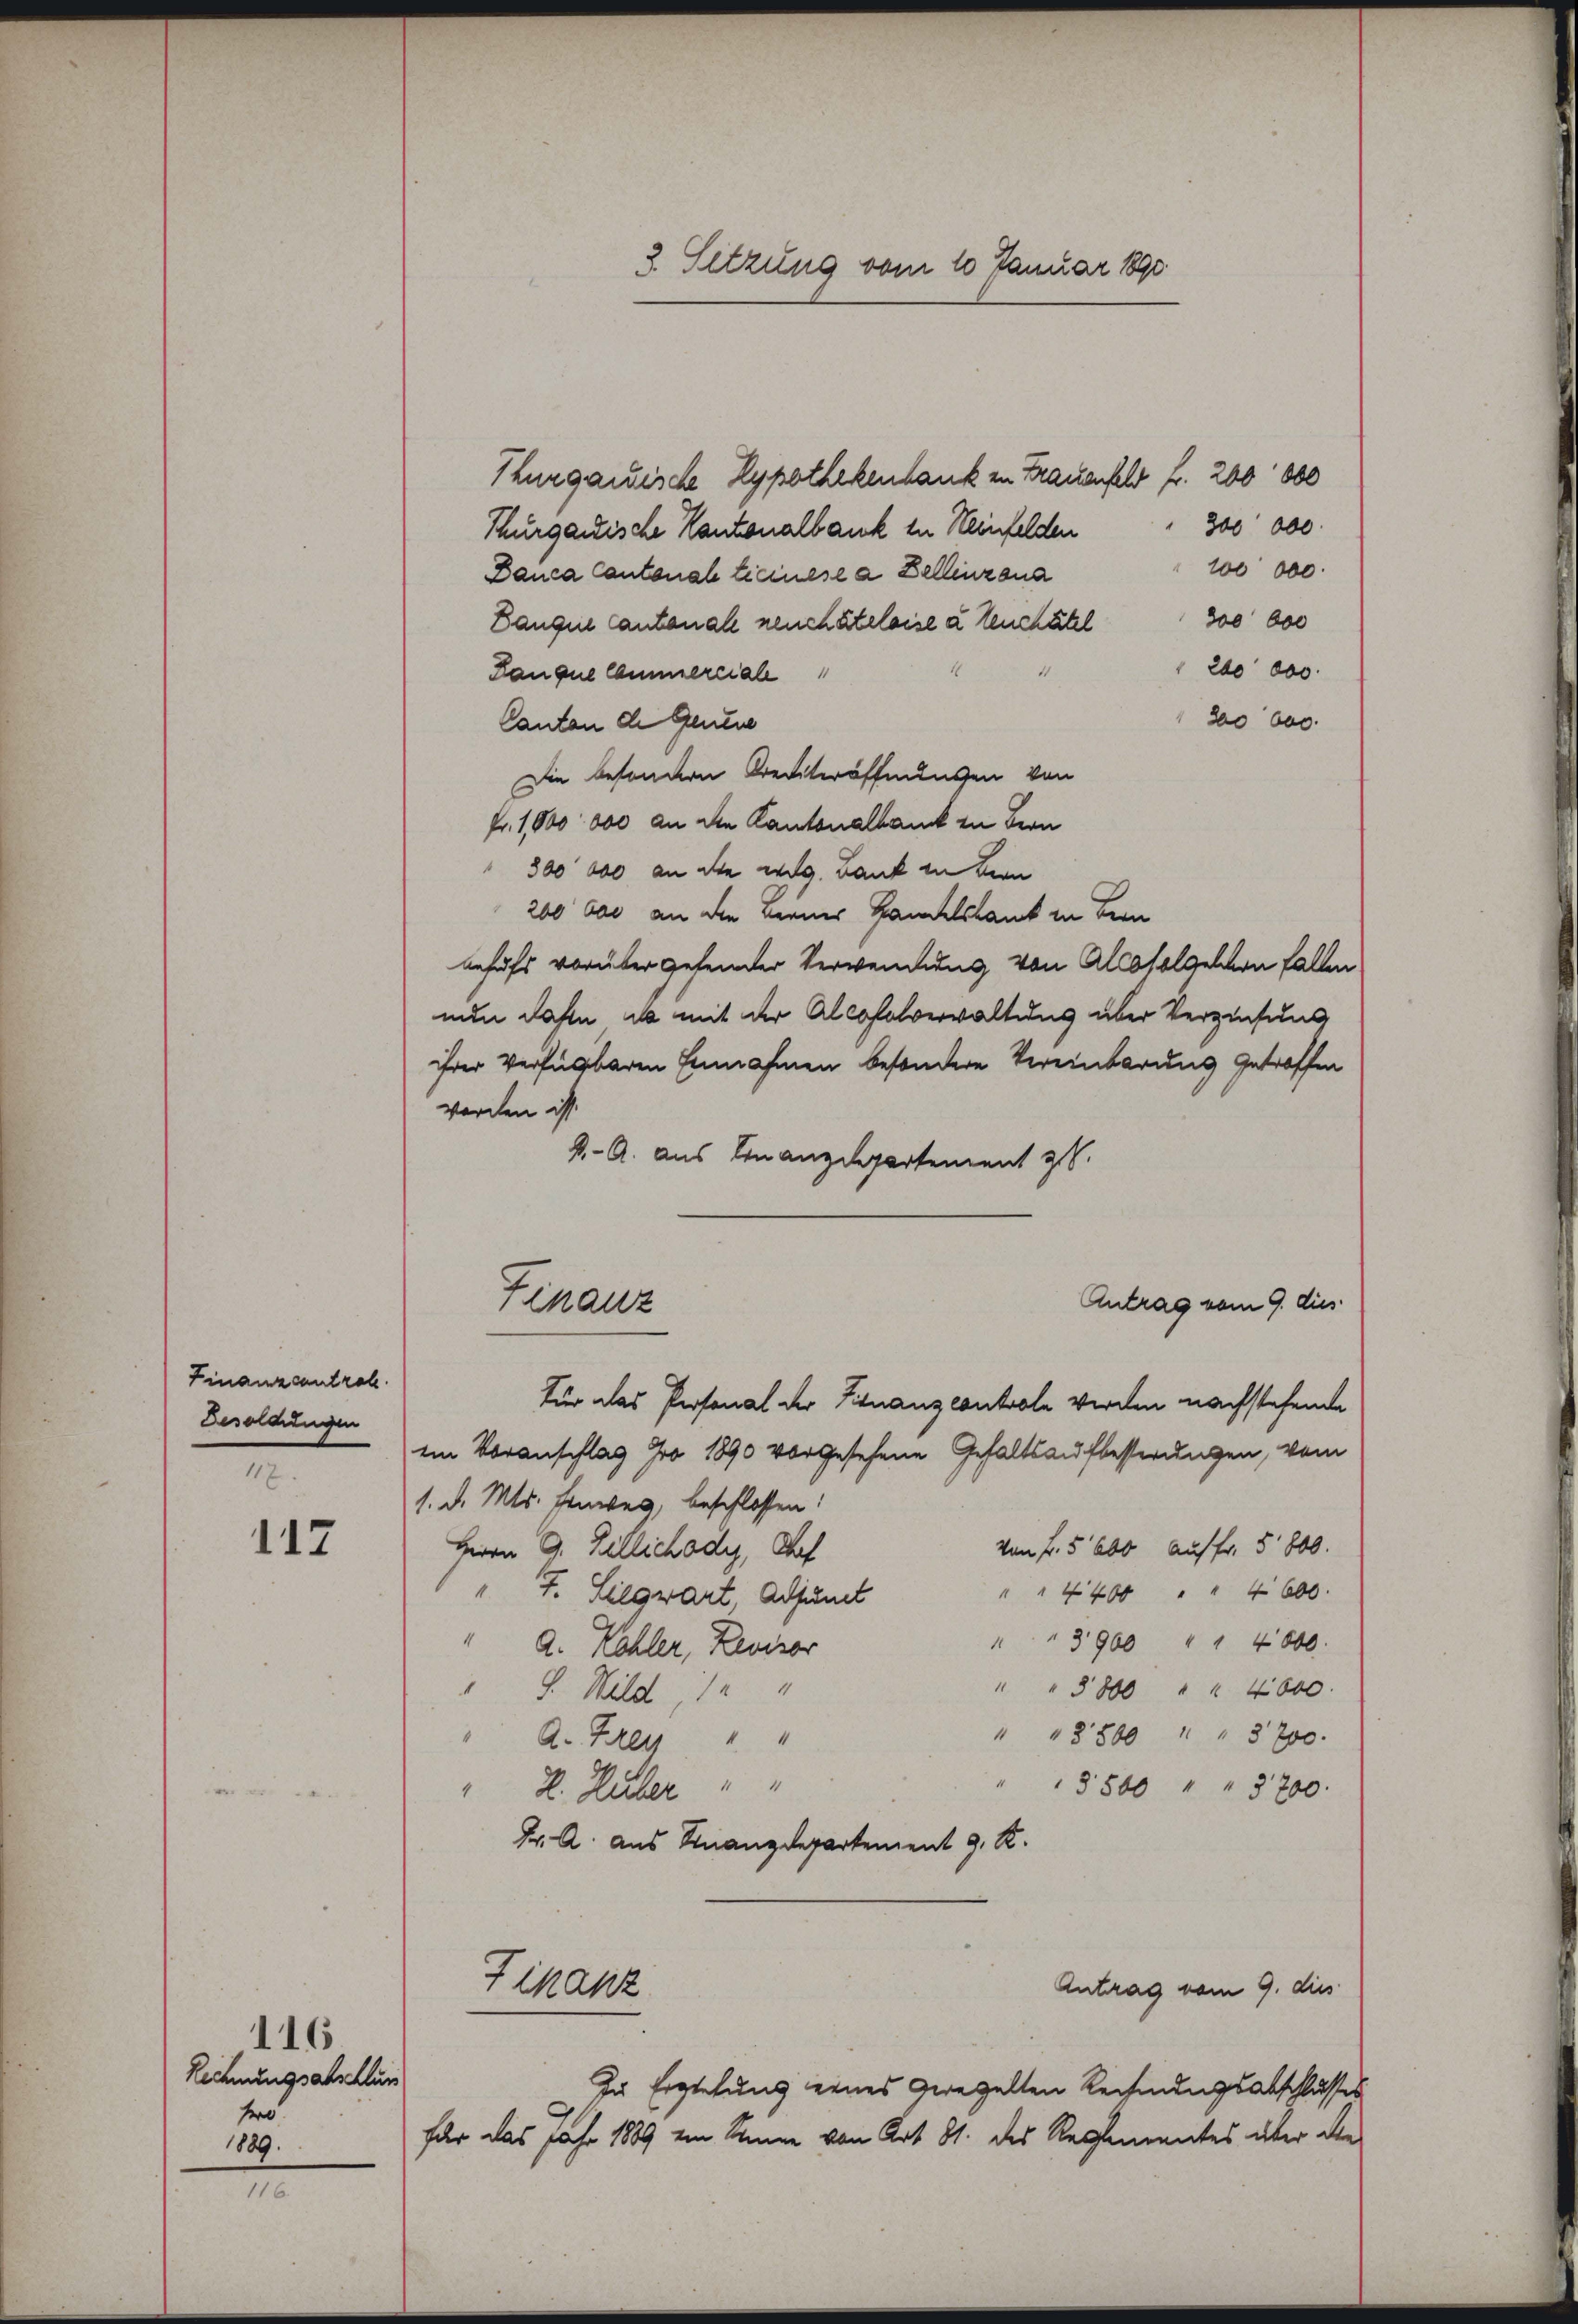
Finanzcontrol
Besoldungen
117

112

Rechnungsabschlun
tro
1889.

116

Finanz

Thurgauische Hypothekenbank in Frauenfeld f. 200 000
300 000
Thurgauische Kantonalbank in Neinfelden
100 000.
Banca Cantonale Ticinese a Bellinzona
300 000
Langen Cantonale neuchâteloise à tenchatel
200 000.
Lanque Commerciale
300 600.
Canton de Gentne
Die besondern Krediteröffnungen von
fr. 1,000 000 an die Kantonalbank in Bern
300 000 an die weg. Dank in kein
200 bis an die Ferner Handelskant in Bern
behufs vorüber gehender Verwendung von Alcosolgelben Fallen
nun dahin, es mit der Alcosolverwaltung über Verzinsung
ihrer Verfügbaren Einnahmen besondere Vereinbarung getroffen
werden ist.
K. A. aus Finanzdepartement z.
Antrag vom 9. dies
für das Personal der Finanzcontrole werden nachstehende
im Voranschlag pro 1890 vorgesehene Gehaltsaufbesserungen, vom
1. d. Mts. Einweg, beschlossen:
Von Fr. 5600 auf fr. 5800.
Herrn G. Billichody, Dorf
" " 4400 " " 4600.
7. Siegwart, Adjunct
" " 3900 " " 4800.
A. Köhler, Revisor
" " 3800 " " 4000
S. Wild, 1
" " 8800 " " 3700.
 A. Frey " "
§ 500 " " 3700
" E. Huber " "
Dr. A. aus Finanzdepartement J. K.
Tihanz
Antrag vom 9. dies
Zu Erstehung eines geregelten Rechnungsabschlusses
Für das Jahr 1889 ein Sinne von Art. 81. des Reglementes über die

3. Setzung vom 10. Januar 1890